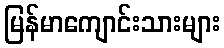
မြန်မာကျောင်းသားများ